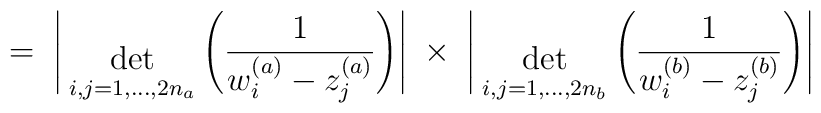
= \;\Bigg| { \; \atop { \mbox{det} \atop {\scriptstyle i,j=1,...,2n_a} } }\Bigg(\frac{1}{w^{(a)}_i - z^{(a)}_j} \Bigg) \Bigg| \; \times \;\Bigg| { \; \atop { \mbox{det} \atop {\scriptstyle i,j=1,...,2n_b} } }\Bigg(\frac{1}{w^{(b)}_i - z^{(b)}_j} \Bigg) \Bigg|